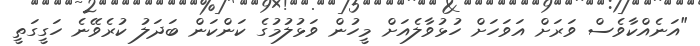
"އަނެއްކާވެސް ވަރަށް އަވަހަށް ހުޅުވާލެއަށް މީހުން ވަޅުލުމުގެ ކަންކަން ބަދަލު ކުރެވޭނެ ހަގީގަތީ